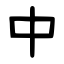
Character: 中